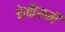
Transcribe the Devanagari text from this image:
बेमौसमी